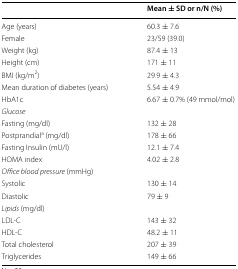
<table><thead><tr><td></td><td><b>Mean ± SD or n/N (%)</b></td></tr></thead><tbody><tr><td>Age (years)</td><td>60.3 ± 7.6</td></tr><tr><td>Female</td><td>23/59 (39.0)</td></tr><tr><td>Weight (kg)</td><td>87.4 ± 13</td></tr><tr><td>Height (cm)</td><td>171 ± 11</td></tr><tr><td>BMI (kg/m<sup>2</sup>)</td><td>29.9 ± 4.3</td></tr><tr><td>Mean duration of diabetes (years)</td><td>5.54 ± 4.9</td></tr><tr><td>HbA1c</td><td>6.67 ± 0.7% (49 mmol/mol)</td></tr><tr><td colspan="2"><i>Glucose</i></td></tr><tr><td>Fasting (mg/dl)</td><td>132 ± 28</td></tr><tr><td>Postprandial<sup>a</sup> (mg/dl)</td><td>178 ± 66</td></tr><tr><td>Fasting Insulin (mU/l)</td><td>12.1 ± 7.4</td></tr><tr><td>HOMA index</td><td>4.02 ± 2.8</td></tr><tr><td colspan="2"><i>Office blood pressure</i> (mmHg)</td></tr><tr><td>Systolic</td><td>130 ± 14</td></tr><tr><td>Diastolic</td><td>79 ± 9</td></tr><tr><td colspan="2"><i>Lipids</i> (mg/dl)</td></tr><tr><td>LDL-C</td><td>143 ± 32</td></tr><tr><td>HDL-C</td><td>48.2 ± 11</td></tr><tr><td>Total cholesterol</td><td>207 ± 39</td></tr><tr><td>Triglycerides</td><td>149 ± 66</td></tr></tbody></table>